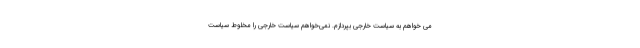
می خواهم به سیاست خارجی بپردازم. نمی‌خواهم سیاست خارجی را مخلوطِ سیاست